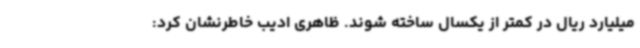
میلیارد ریال در کمتر از یکسال ساخته شوند. ظاهری ادیب خاطرنشان کرد: